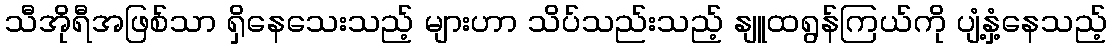
သီအိုရီအဖြစ်သာ ရှိနေသေးသည့် များဟာ သိပ်သည်းသည့် နျူထရွန်ကြယ်ကို ပျံ့နှံ့နေသည့်